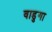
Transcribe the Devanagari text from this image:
वाडुगा